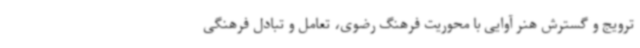
ترویج و گسترش هنر آوایی با محوریت فرهنگ رضوی، تعامل و تبادل فرهنگی